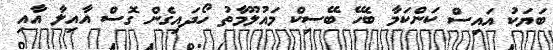
ބަޔަކު އައިސް ކަންކަމާ ބެހޭ ބޭސިކް މައުލޫމާތު ހޯދައިގެން ގޮސް އާއިލާ އާއި